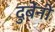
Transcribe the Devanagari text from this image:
दुबेंनी